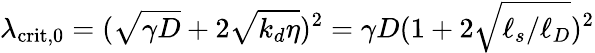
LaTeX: \lambda_{\mathrm{crit,0}}=(\sqrt{\gamma D}+2\sqrt{k_{d}\eta})^{2}=\gamma D(1+2\sqrt{\ell_{s}/\ell_{D}})^{2}